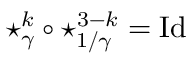
\star _ { \gamma } ^ { k } \circ \star _ { 1 / \gamma } ^ { 3 - k } = \mathrm { I d }